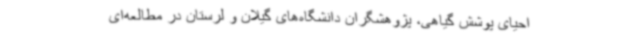
احیای پوشش گیاهی، پژوهشگران دانشگاه‌های گیلان و لرستان در مطالعه‌ای